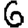
Digit: 6